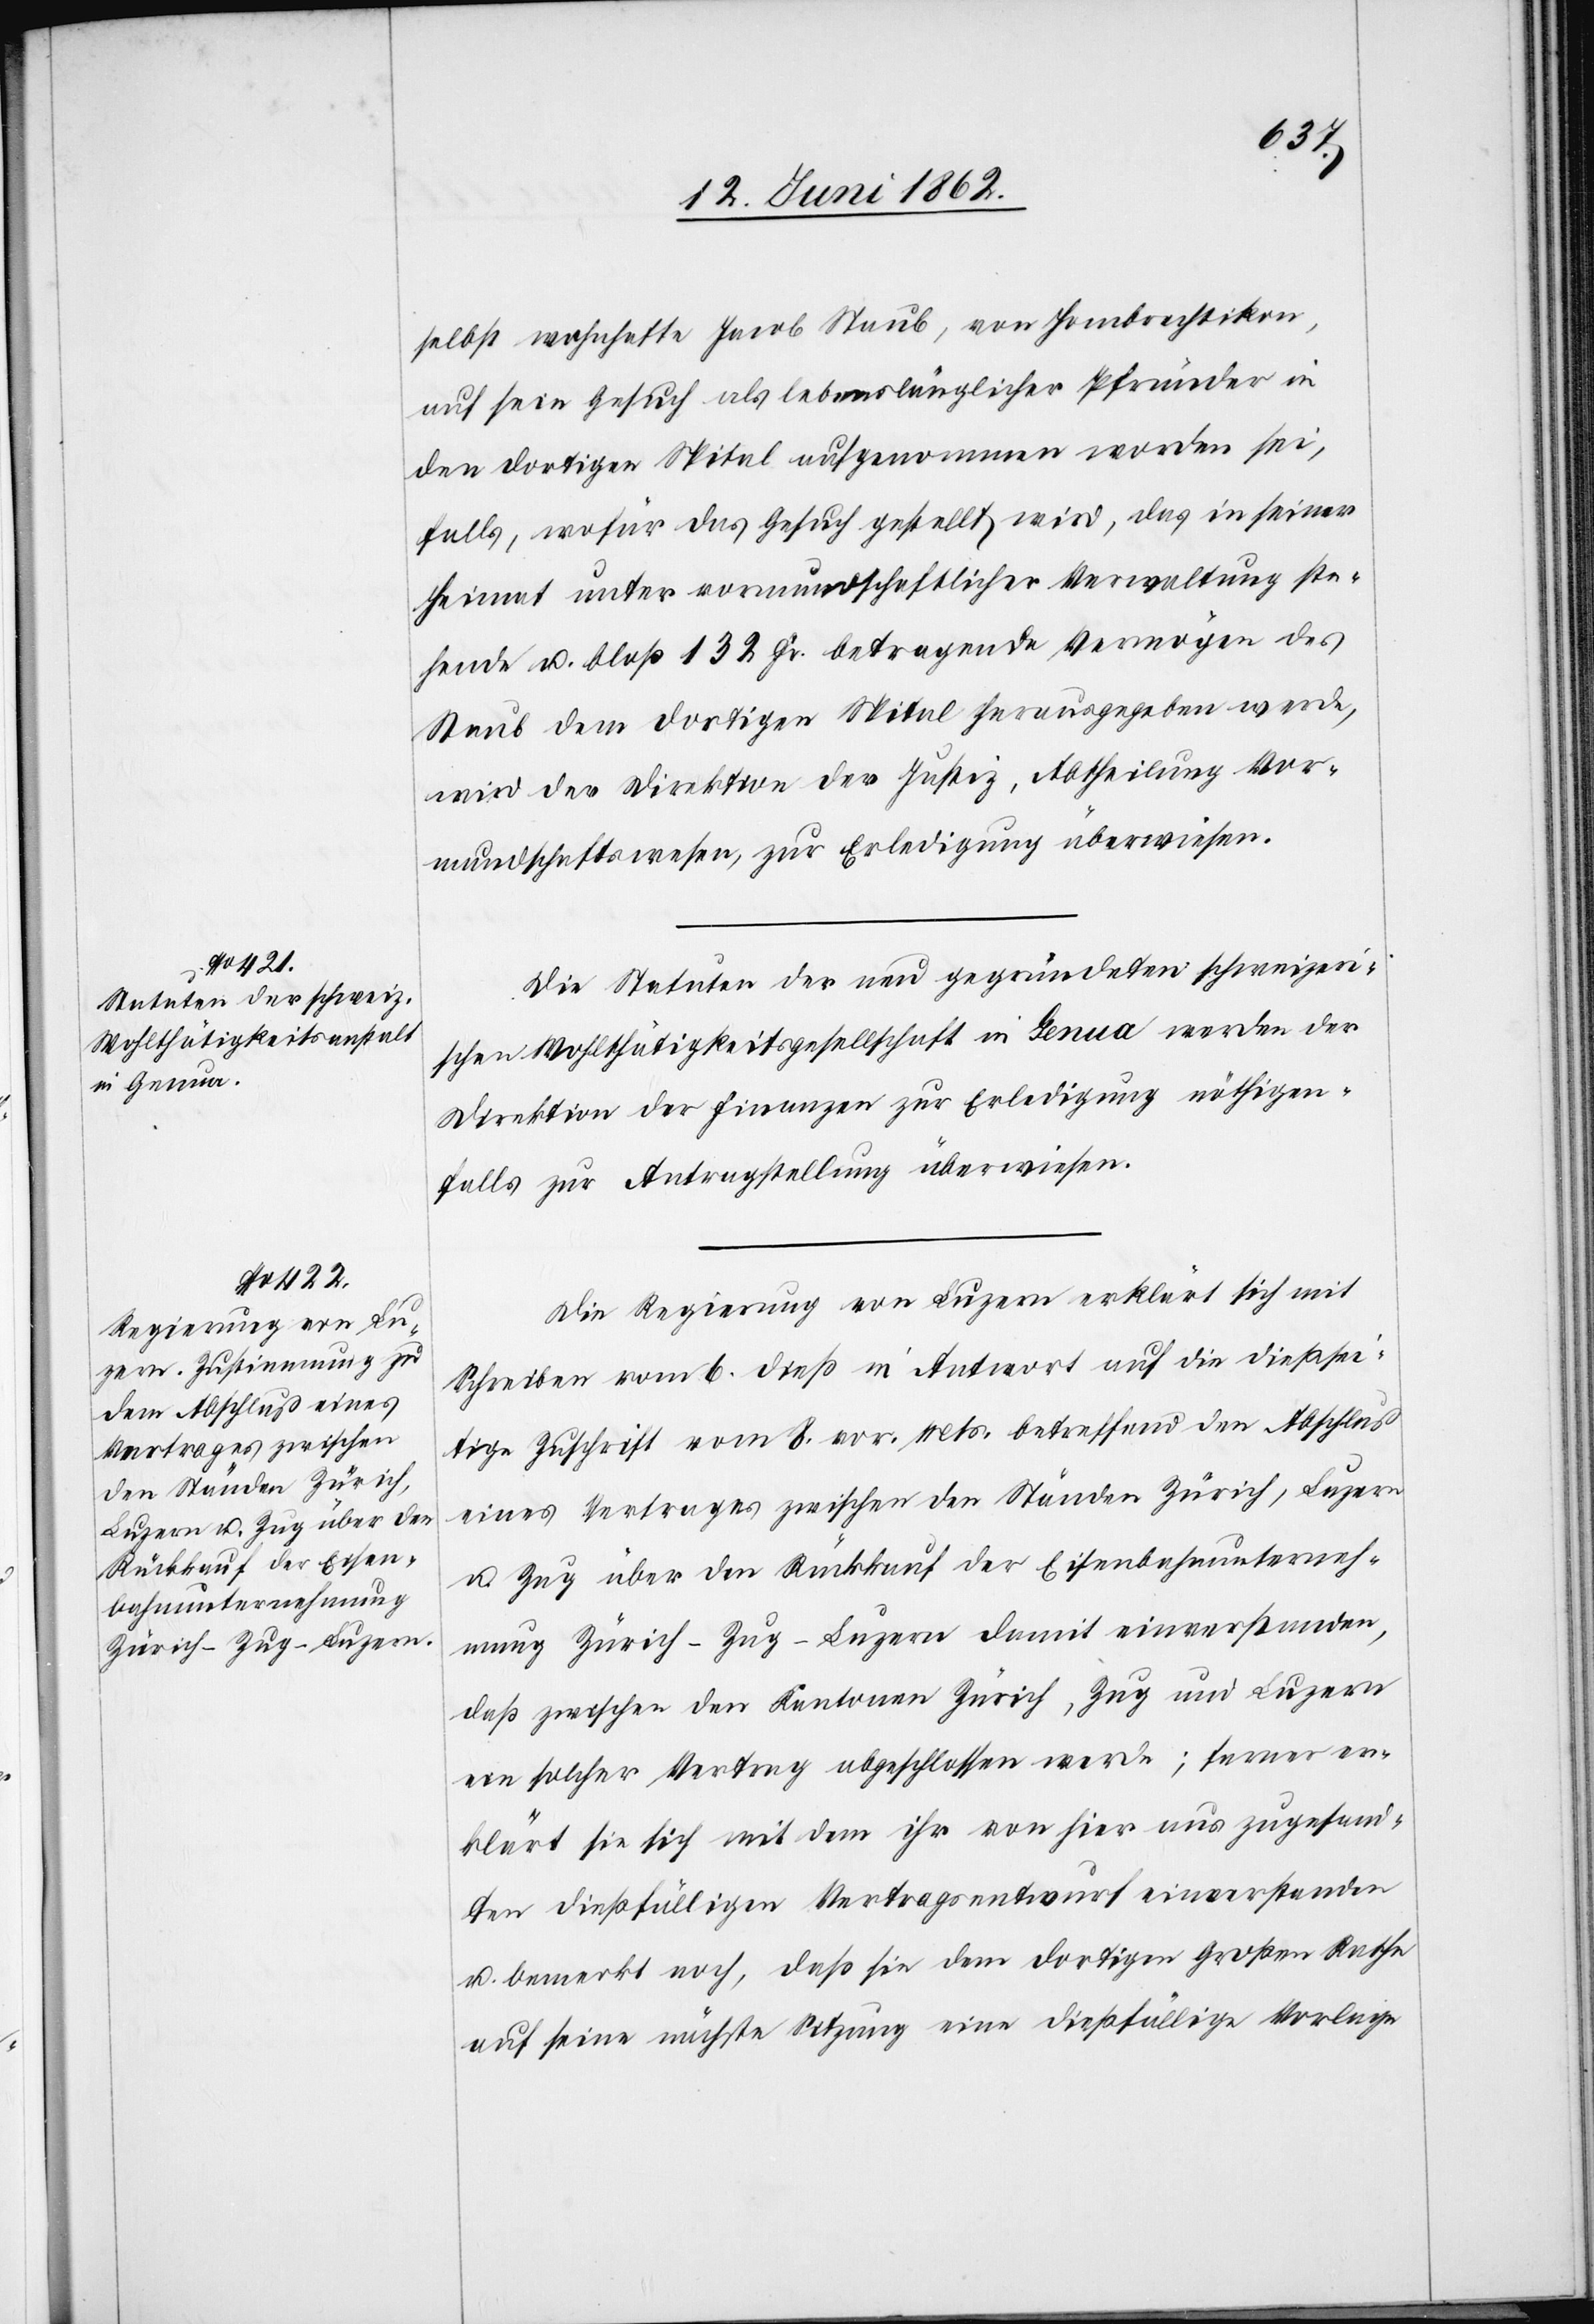
selbst wohnhafte Jacob Staub, von Hombrechtikon,
auf sein Gesuch als lebenslänglicher Pfründer in
den dortigen Spital aufgenommen worden sei,
falls, wofür das Gesuch gestellt wird, das in seiner
Heimat unter vormundschaftlicher Verwaltung ste¬
hend u. bloß 132 Fr. betragende Vermögen des
Staub dem dortigen Spital herausgegeben werde,
wird der Direktion der Justiz, Abtheilung Vor¬
mundschaftswesen, zur Erledigung überwiesen.
Die Statuten der neu gegründeten schweizeri¬
schen Wohlthätigkeitsgesellschaft in Genua werden der
Direktion der Finanzen zur Erledigung nöthigen¬
falls zur Antragstellung überwiesen.
Die Regierung von Luzern erklärt sich mit
Schreiben vom 6. dieß in Antwort auf die dießsei¬
tige Zuschrift vom 8. vor. Mts. betreffend den Abschluß
eines Vertrages zwischen den Ständen Zürich, Luzern
u. Zug über den Rückkauf der Eisenbahnunterneh¬
mung Zürich-Zug-Luzern damit einverstanden,
daß zwischen den Kantonen Zürich, Zug und Luzern
ein solcher Vertrag abgeschlossen werde; ferner er¬
klärt sie sich mit dem ihr von hier aus zugesand¬
ten dießfälligen Vertragsentwurf einverstanden
u. bemerkt noch, daß sie dem dortigen Großen Rathe
auf seine nächste Sitzung eine dießfällige Vorlage